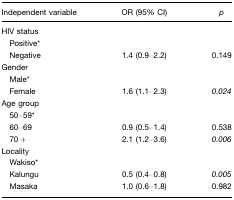
| Independent variable | OR (95% CI) | p |
 | --- | --- | --- |
 | HIV status |  |  |
 | Positive* |  |  |
 | Negative | 1.4 (0.9–2.2) | 0.149 |
 | Gender |  |  |
 | Male* |  |  |
 | Female | 1.6 (1.1–2.3) | 0.024 |
 | Age group |  |  |
 | 50–59* |  |  |
 | 60–69 | 0.9 (0.5–1.4) | 0.538 |
 | 70 + | 2.1 (1.2–3.6) | 0.006 |
 | Locality |  |  |
 | Wakiso* |  |  |
 | Kalungu | 0.5 (0.4–0.8) | 0.005 |
 | Masaka | 1.0 (0.6–1.8) | 0.982 |